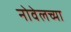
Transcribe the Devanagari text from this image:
नोवेलच्या